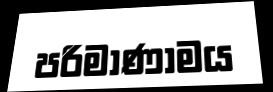
පරිමාණාමය